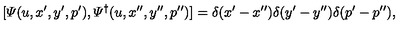
[ { \mit \Psi } ( u , x ^ { \prime } , y ^ { \prime } , p ^ { \prime } ) , { \mit \Psi } ^ { \dagger } ( u , x ^ { \prime \prime } , y ^ { \prime \prime } , p ^ { \prime \prime } ) ] = \delta ( x ^ { \prime } - x ^ { \prime \prime } ) \delta ( y ^ { \prime } - y ^ { \prime \prime } ) \delta ( p ^ { \prime } - p ^ { \prime \prime } ) ,